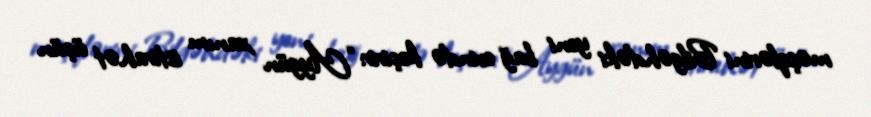
məşqlərini Bilgəhdəki yeni bağ evində keçirir: “Aygün xanım istirahət üçün